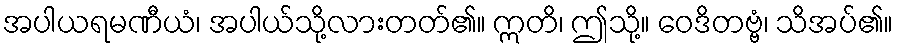
အပါယရမဏီယံ၊ အပါယ်သို့လားတတ်၏။ ဣတိ၊ ဤသို့။ ဝေဒိတဗ္ဗံ၊ သိအပ်၏။